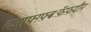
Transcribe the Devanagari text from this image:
व्ज़्सफ़्ग़्फ़्बःफ़ॅफ़दीन